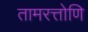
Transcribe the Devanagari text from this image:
तामरत्तोणि